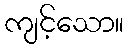
ကျင့်သော။